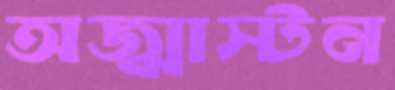
অজ্ঝাস্টন